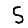
Digit: 5